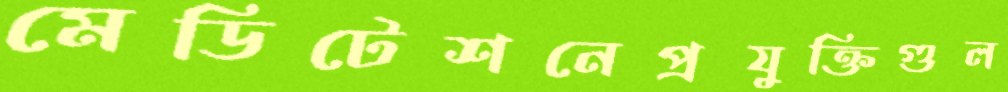
মেডিটেশনেপ্রযুক্তিগুল